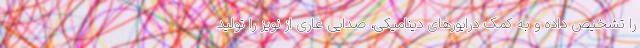
را تشخیص داده و به کمک درایورهای دینامیکی، صدایی عاری از نویز را تولید